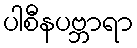
ပါစီနပဗ္ဘာရာ